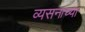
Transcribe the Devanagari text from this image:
व्यसनाच्या